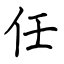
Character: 任